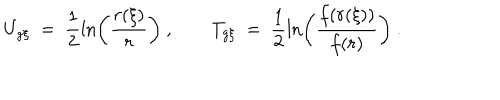
LaTeX: U _ { g \xi } \ = \ \frac { 1 } { 2 } \ln \left( \frac { r ( \xi ) } { r } \right) \ , T _ { g \xi } \ = \ \frac { 1 } { 2 } \ln \left( \frac { f ( r ( \xi ) ) } { f ( r ) } \right) \ .